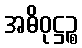
အဓိဝုဋ္ဌဉ္စ